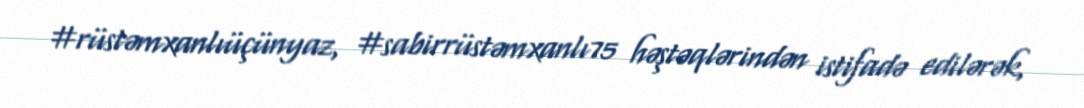
#rüstəmxanlıüçünyaz, #sabirrüstəmxanlı75 həştəqlərindən istifadə edilərək,